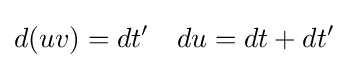
d(uv)=dt'\quad du=dt+dt'